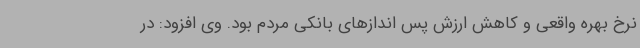
نرخ بهره واقعی و کاهش ارزش پس اندازهای بانکی مردم بود. وی افزود: در